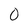
Character: 0